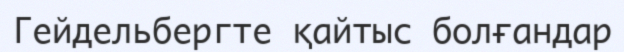
Гейдельбергте қайтыс болғандар